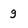
Character: g